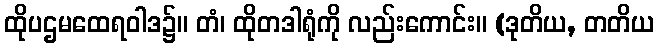
ထိုပဌမထေရဝါဒ၌။ တံ၊ ထိုတဒါရုံကို လည်းကောင်း။ (ဒုတိယ, တတိယ